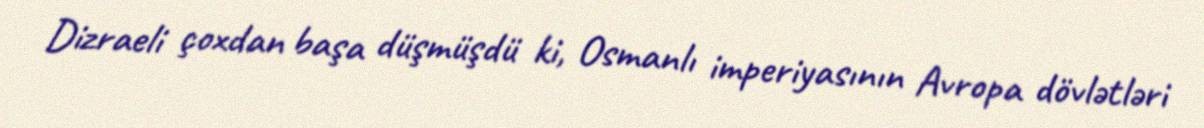
Dizraeli çoxdan başa düşmüşdü ki, Osmanlı imperiyasının Avropa dövlətləri